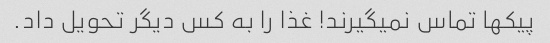
پیکها تماس نمیگیرند! غذا را به کس دیگر تحویل داد.